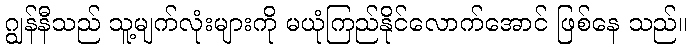
ဂျွန်နီသည် သူ့မျက်လုံးများကို မယုံကြည်နိုင်လောက်အောင် ဖြစ်နေ သည်။